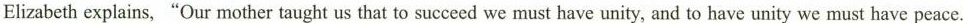
Elizabeth explains,"Our mother taught us that to succeed we must have unity, and to have unity we must have peace.